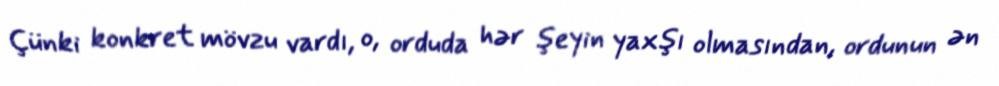
Çünki konkret mövzu vardı, o, orduda hər şeyin yaxşı olmasından, ordunun ən